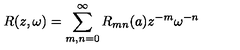
R ( z , \omega ) = \sum _ { m , n = 0 } ^ { \infty } R _ { m n } ( a ) z ^ { - m } \omega ^ { - n }